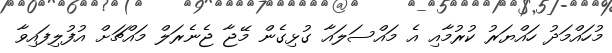
މުހައްމަދު ހައްޔަރު ކުރުމާއި އެ މައްސަލައާ ގުޅިގެން މޭޖާ ޖެނެރަލް މައްޗަށް އުފުލިފައިވާ